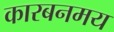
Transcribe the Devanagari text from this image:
कारबनमय